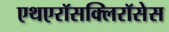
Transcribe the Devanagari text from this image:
एथएरॉसक्लिरॉसेस